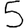
Digit: 5